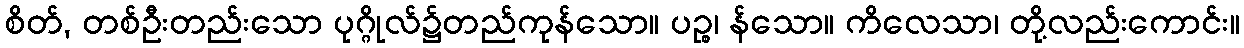
စိတ်, တစ်ဦးတည်းသော ပုဂ္ဂိုလ်၌တည်ကုန်သော။ ပဉ္စ၊ န်သော။ ကိလေသာ၊ တို့လည်းကောင်း။